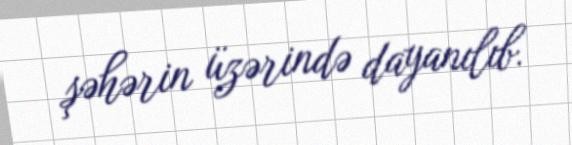
şəhərin üzərində dayanılıb.